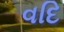
વદિ